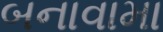
બનાવામા